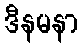
ဒီနမနာ